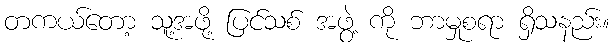
တကယ်တော့ သူ့အဖို့ ပြင်သစ် အဖွဲ့ ကို ဘာမှုစရာ ရှိသနည်း။